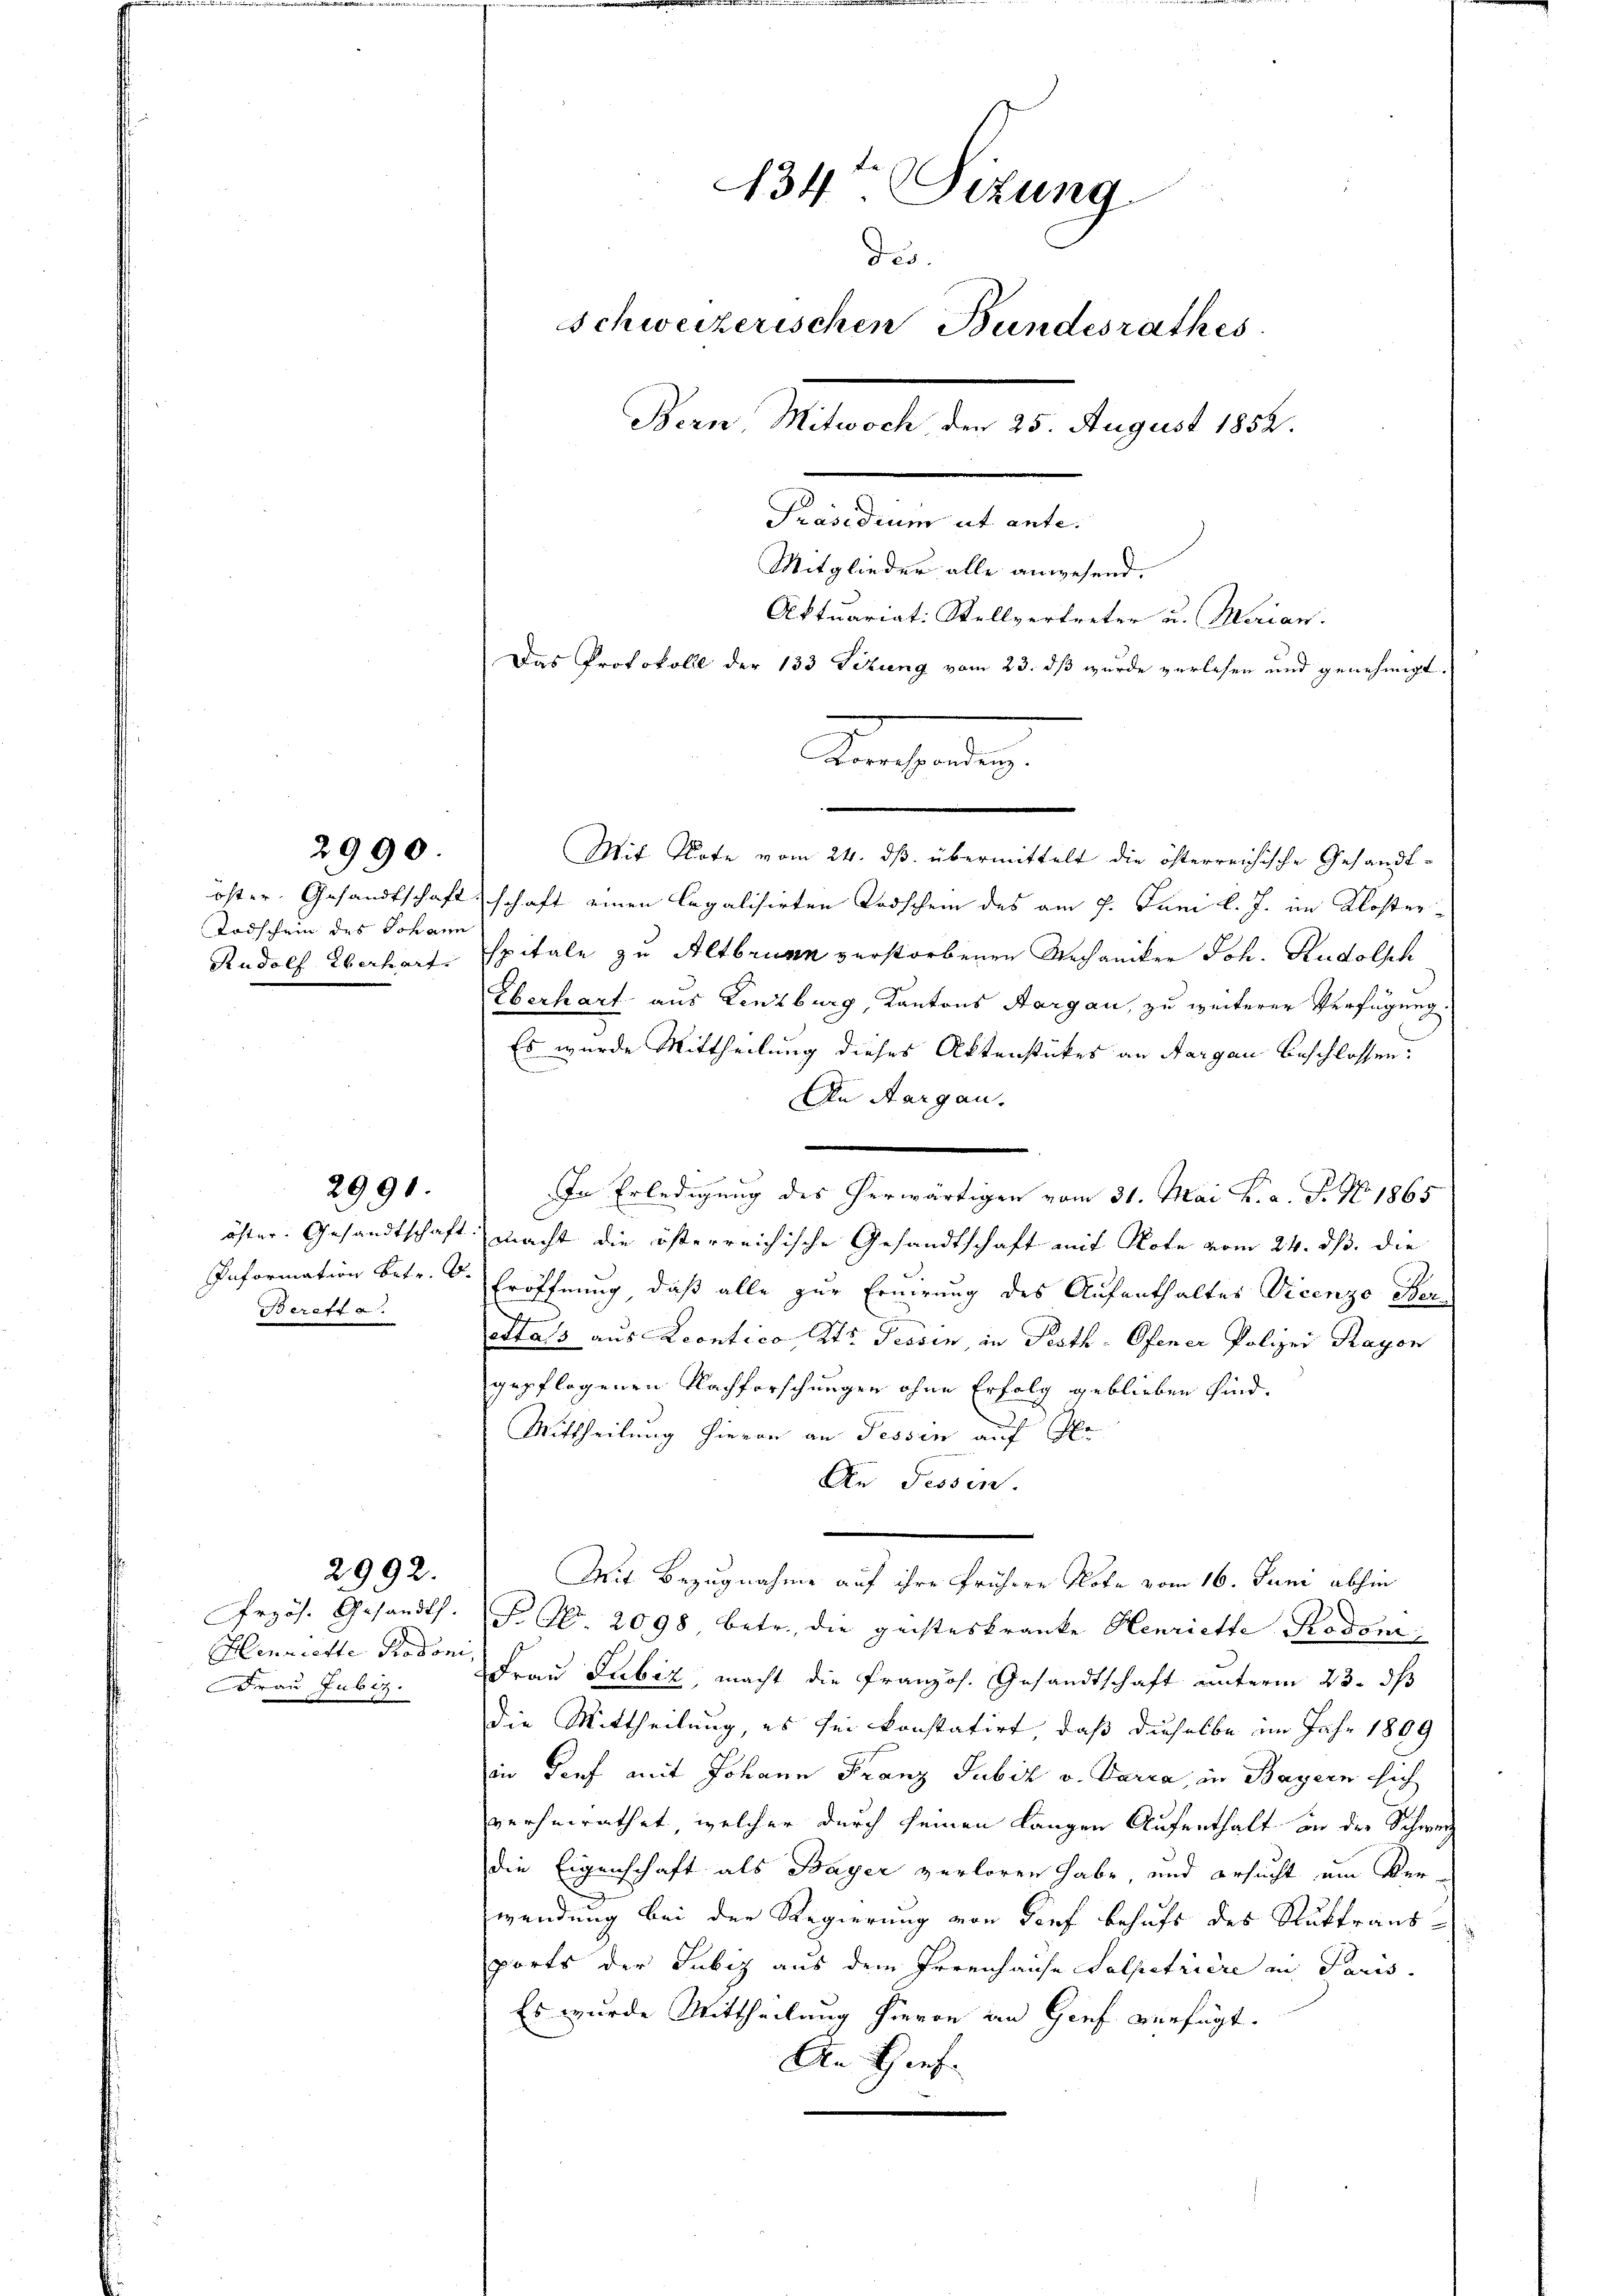
2990

Todschein des Johann
Rudolf Überhart.

ereff a.

2991.

Henriette Rodoni
Frau Jubiz.

2992.

134te Sitzung
des.
Schweizerischen Bundesrathes
Bern, Mitwoch, den 25. August 1852.
Präsidium ut ante.

Mitglieder alle anwesend.
Aktuariat: Stellvertreter u. Marian.
Das Protokoll der 133 Titung vom 23. dß wurde verlesen und genehmigt.
Korrespondenz.
Mit Note vom 24. ds. übermittelt die österreichische Gesandtofter Gesandtschaftschaft einen legalisirten Todschein des am 7. Juni l. J. im Klosterspitale zu Altbrunn verstorbenen Mechaniker Joh. Rudolsch
Überhart aus Lenzburg, Kantons Aargau, zu weiterer Verfügung.
Es wurde Mittheilung dieses Aktenstückes an Aargau beschlossen:
An Aargau.

In Erledigung des herwärtigen vom 31. Mai v. a. F. No. 1865
öster. Gesandtschaft macht die österreichische Gesandtschaft mit Note vom 24. ds. die
Information betr. d. Eröffnung, daß alle zur Ernirung des Aufenthaltes Vicenzo Ber¬
Stass aus Leontico, Kts. Tessin, in Pesth - Ofener Polizei Rayon
gepflogenen Nachforschungen ohne Erfolg geblieben sind.
Mittheilung hievon an Tessin auf Gr
An Tessin.
Mit Bezugnahme auf ihre frühere Note vom 16. Juni abhin
Przös. Gesandt. F. Nr. 2098 betr. die geisteskranke Henriette Todon
Frau Lubiz, macht die Französ. Gesandtschaft unterm 23. ds
die Mittheilung, es sei konstatirt, daß dieselbe im Jahr 1809
in Tief mit Johann Franz Jubiz v. Tarca, in Bayern sich
verheirathet, welcher durch seinen langen Aufenthalt an der Schweiz
die Eigenschaft als Bayer verloren habe, und ersucht um Verwendung bei der Regierung von Dorf behufs des Ruktransports der Jubiz aus dem Irrenhause Salpetriere in Paris
Es wurde Mittheilung hievon in Genf verfügt.
An Hief